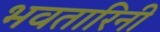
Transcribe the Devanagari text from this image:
भवतारिनी